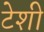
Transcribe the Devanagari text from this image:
टेशी